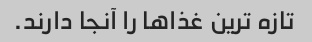
تازه ترین غذاها را آنجا دارند.